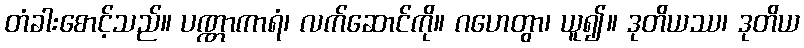
တံခါးစောင့်သည်။ ပဏ္ဏာကာရံ၊ လက်ဆောင်ကို။ ဂဟေတွာ၊ ယူ၍။ ဒုတိယဿ၊ ဒုတိယ